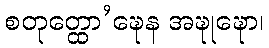
စတုတ္ထော’ဍ္ဎေန အဍ္ဎုဍ္ဎော၊